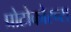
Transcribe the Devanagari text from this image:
प्रोटोकोरन्स